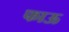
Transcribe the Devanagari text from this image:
फाऊ